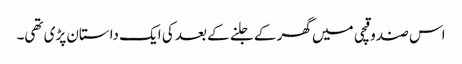
اس صندوقچی میں گھر کے جلنے کے بعد کی ایک داستان پڑی تھی۔